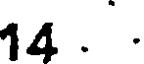
14 . .